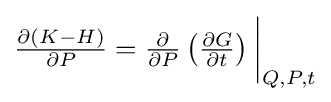
{\textstyle {\frac {\partial (K-H)}{\partial P}}={\frac {\partial }{\partial P}}\left({\frac {\partial G}{\partial t}}\right){\bigg |}_{Q,P,t}}